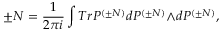
\pm N = \frac { 1 } { 2 { \pi } i } \int T r { \cal P } ^ { ( { \pm } N ) } d { \cal P } ^ { ( { \pm } N ) } { \wedge } d { \cal P } ^ { ( { \pm } N ) } ,